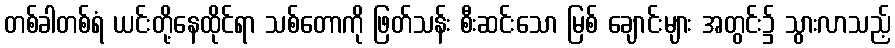
တစ်ခါတစ်ရံ ယင်းတို့နေထိုင်ရာ သစ်တောကို ဖြတ်သန်း စီးဆင်းသော မြစ် ချောင်းများ အတွင်း၌ သွားလာသည့်